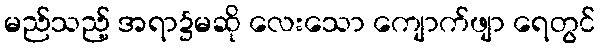
မည်သည့် အရာ၌မဆို လေးသော ကျောက်ဖျာ ရေတွင်